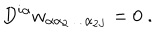
D ^ { i \alpha } w _ { \alpha \alpha _ { 2 } \ldots \alpha _ { 2 J } } = 0 \; .